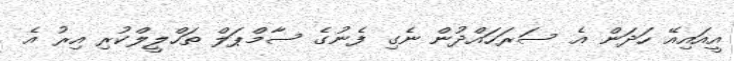
އީއައިއޭ ހަދަން އެ ސަރަހައްދުން ނެގި ފެނުގެ ސާމްޕަލް ތަހްލީލްކުރި އިރު އެ